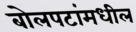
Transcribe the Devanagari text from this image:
बोलपटांमधील